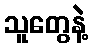
သူတွေနဲ့